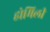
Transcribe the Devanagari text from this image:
होमिली